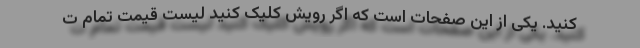
کنید. یکی از این صفحات است که اگر رویش کلیک کنید لیست قیمت تمام ت